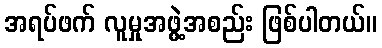
အရပ်ဖက် လူမှုအဖွဲ့အစည်း ဖြစ်ပါတယ်။